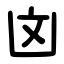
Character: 㓙